Civil Veterinary Dept. North-West Frontier Province 1901-22 - 1901-1922
Year: 1901
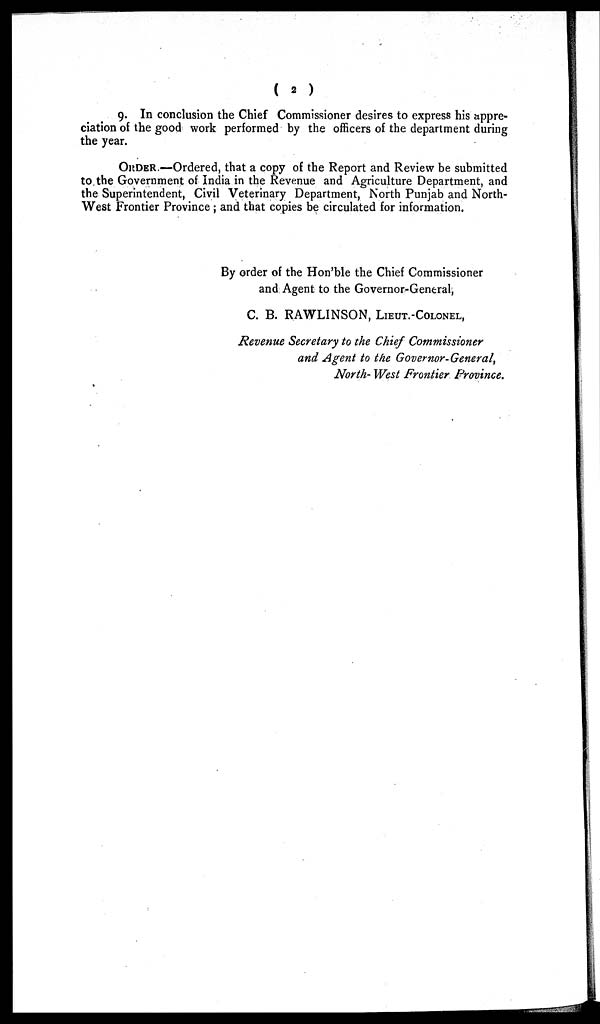
( 2 )
9. In conclusion the Chief Commissioner desires to express his appre-
ciation of the good work performed by the officers of the department during
the year.
ORDER.—Ordered, that a copy of the Report and Review be submitted
to the Government of India in the Revenue and Agriculture Department, and
the Superintendent, Civil Veterinary Department, North Punjab and North-
West Frontier Province ; and that copies be circulated for information.
By order of the Hon'ble the Chief Commissioner
and Agent to the Governor-General,
C. B. RAWLINSON, LIEUT.-COLONEL,
Revenue Secretary to the Chief Commissioner
and Agent to the Governor- General,
North- West Frontier Province.